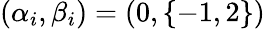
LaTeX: (\alpha_{i},\beta_{i})=(0,\{ -1,2\} )